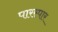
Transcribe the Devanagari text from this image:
पारस्पार